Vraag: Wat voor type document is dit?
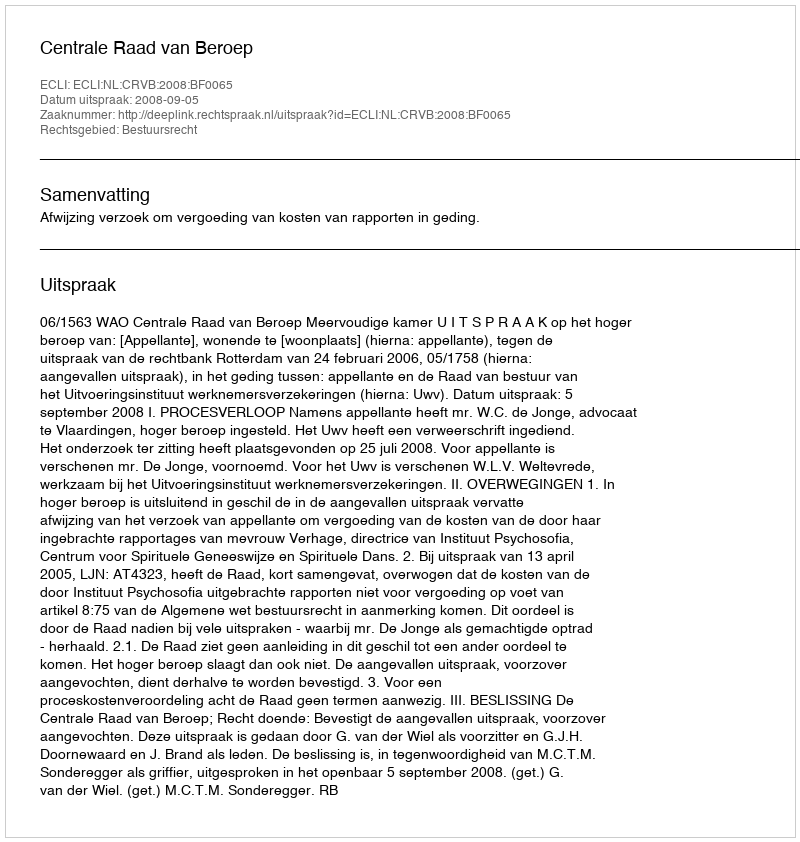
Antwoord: Uitspraak